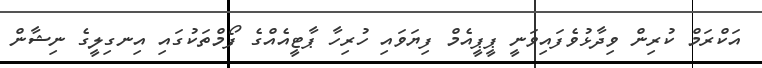
އަކްރަމް ކުރިން ވިދާޅުވެފައިވަނީ ޕީޕީއެމް ފިޔަވައި ހުރިހާ ޕާޓީއެއްގެ ފޯމްތަކުގައި އިނގިލީގެ ނިޝާން